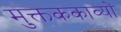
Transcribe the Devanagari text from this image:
मुक्तककाव्यों